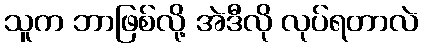
သူက ဘာဖြစ်လို့ အဲဒီလို လုပ်ရတာလဲ